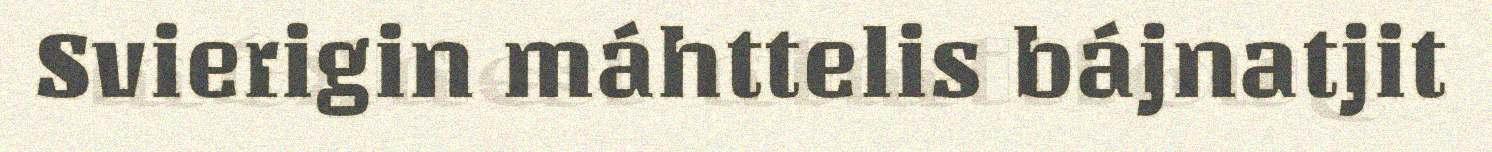
Svierigin máhttelis bájnatjit